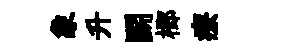
象升鬬榔療